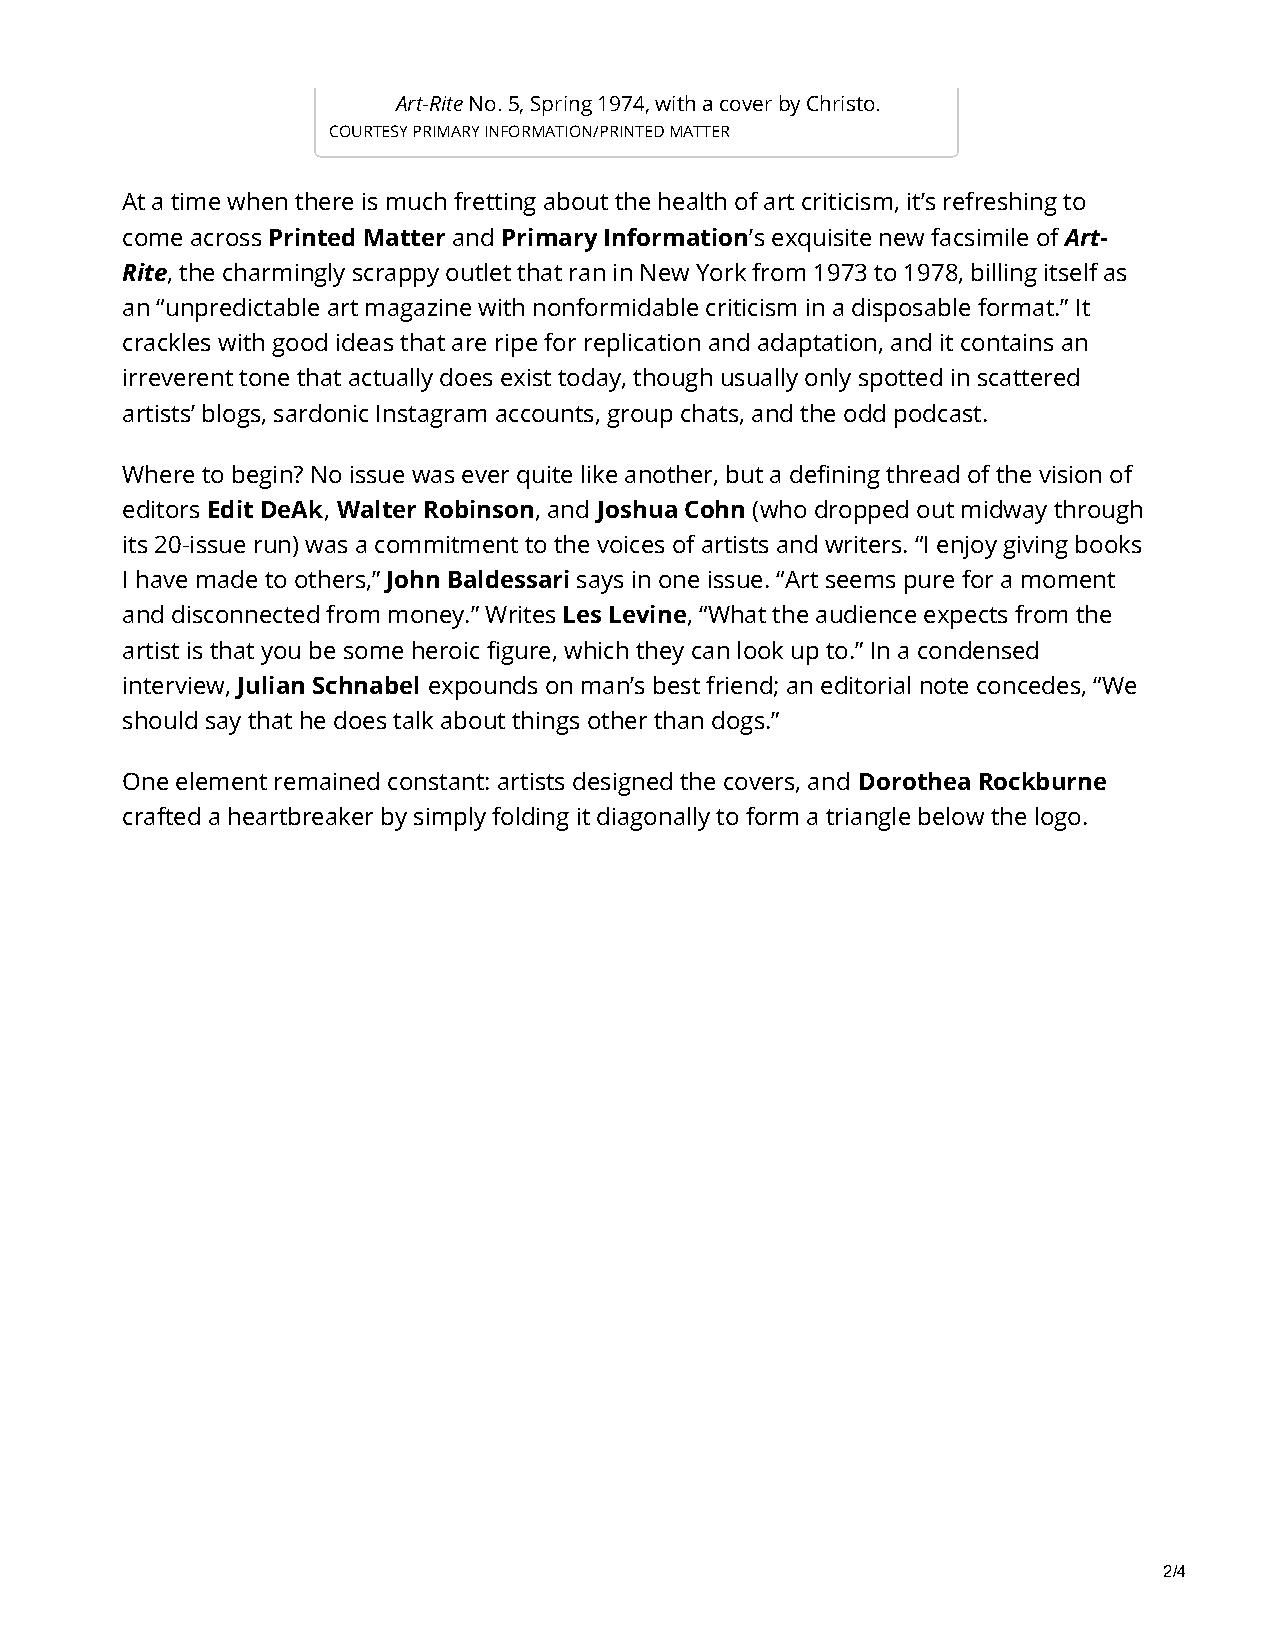
Art-Rite No. 5, Spring 1974, with a cover by Christo.
 COURTESY PRIMARY INFORMATION/PRINTED MATTER
 At a time when there is much fretting about the health of art criticism, it’s refreshing to
 come across Printed Matter and Primary Information’s exquisite new facsimile of Art-
 Rite, the charmingly scrappy outlet that ran in New York from 1973 to 1978, billing itself as
 an “unpredictable art magazine with nonformidable criticism in a disposable format.” It
 crackles with good ideas that are ripe for replication and adaptation, and it contains an
 irreverent tone that actually does exist today, though usually only spotted in scattered
 artists’ blogs, sardonic Instagram accounts, group chats, and the odd podcast.
 Where to begin? No issue was ever quite like another, but a defining thread of the vision of
 editors Edit DeAk, Walter Robinson, and Joshua Cohn (who dropped out midway through
 its 20-issue run) was a commitment to the voices of artists and writers. “I enjoy giving books
 I have made to others,” John Baldessari says in one issue. “Art seems pure for a moment
 and disconnected from money.” Writes Les Levine, “What the audience expects from the
 artist is that you be some heroic figure, which they can look up to.” In a condensed
 interview, Julian Schnabel expounds on man’s best friend; an editorial note concedes, “We
 should say that he does talk about things other than dogs.”
 One element remained constant: artists designed the covers, and Dorothea Rockburne
 crafted a heartbreaker by simply folding it diagonally to form a triangle below the logo.
 2/4